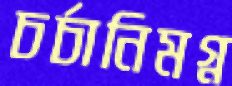
চর্চানিমগ্ন